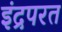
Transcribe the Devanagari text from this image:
इंद्रपरत